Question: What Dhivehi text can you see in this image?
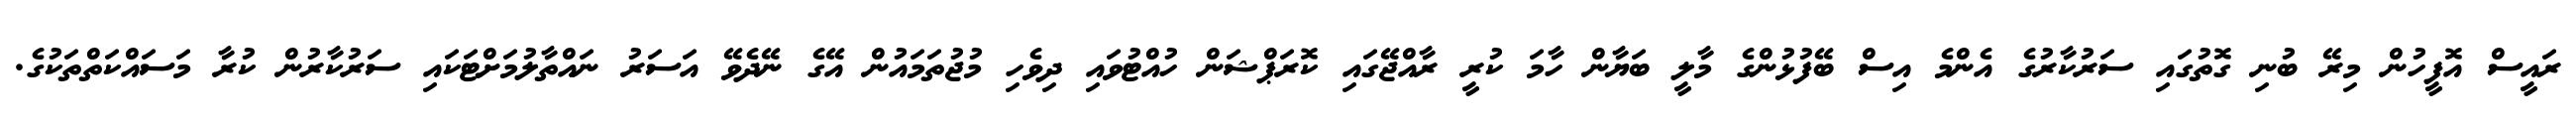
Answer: ރައީސް އޮފީހުން މިރޭ ބުނި ގޮތުގައި ސަރުކާރުގެ އެންމެ އިސް ބޭފުޅުންގެ މާލީ ބަޔާން ހާމަ ކުރީ ރާއްޖޭގައި ކޮރަޕްޝަން ހުއްޓުވައި ދިވެހި މުޖުތަމައުން އޭގެ ނޭދެވޭ އަސަރު ނައްތާލުމަށްޓަކައި ސަރުކާރުން ކުރާ މަސައްކަތްތަކުގެ.